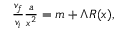
\begin{array} { r } { \frac { v _ { f } } { v _ { i } } \frac { a } { x ^ { 2 } } = m + \Lambda R ( x ) , } \end{array}